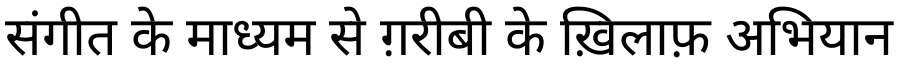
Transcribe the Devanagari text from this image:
संगीत के माध्यम से ग़रीबी के ख़िलाफ़ अभियान